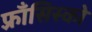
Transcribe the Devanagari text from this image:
फ़्राँसिस्को